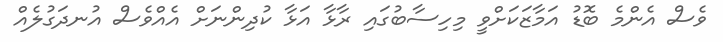
ވެސް އެންމެ ބޮޑު އަމާޒަކަށްވީ މިހިސާބުގައި ރާޅާ އަޅާ ކުދިންނަށް އެއްވެސް އުނދަގުލެއް